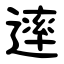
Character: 䢦